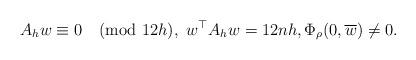
LaTeX: \begin{align*} A_{h}w\equiv 0\pmod{12h}, \ w^{\top}A_{h}w=12nh, \Phi_{\rho}(0,\overline{w})\neq 0.\end{align*}